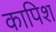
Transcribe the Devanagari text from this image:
कापिश